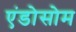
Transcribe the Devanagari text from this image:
एंडोसोम